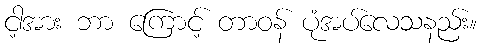
ငါ့အား ဘာ ကြောင့် တာဝန် ပုံအပ်လေသနည်း။